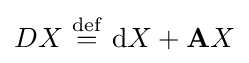
DX\ {\stackrel {\mathrm {def} }{=}}\ \mathrm {d} X+\mathbf {A} X